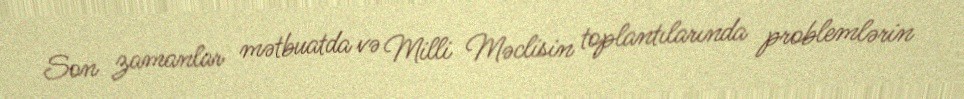
Son zamanlar mətbuatda və Milli Məclisin toplantılarında problemlərin